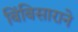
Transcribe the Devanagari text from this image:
बिंबिसाराने